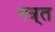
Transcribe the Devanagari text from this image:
मत्र्त